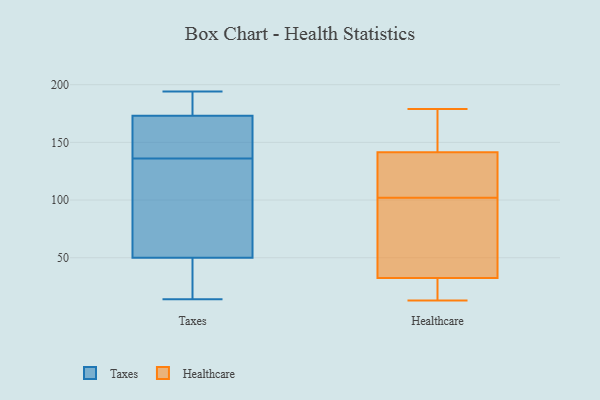
{"axis": {"x": "Conversion Rate (%)", "y": "Value"}, "legend": ["Healthcare", "Taxes"], "data": [{"x": "", "y": 14, "type": "Taxes"}, {"x": "", "y": 183, "type": "Taxes"}, {"x": "", "y": 147, "type": "Taxes"}, {"x": "", "y": 175, "type": "Taxes"}, {"x": "", "y": 73, "type": "Taxes"}, {"x": "", "y": 130, "type": "Taxes"}, {"x": "", "y": 176, "type": "Taxes"}, {"x": "", "y": 190, "type": "Taxes"}, {"x": "", "y": 139, "type": "Taxes"}, {"x": "", "y": 17, "type": "Taxes"}, {"x": "", "y": 46, "type": "Taxes"}, {"x": "", "y": 62, "type": "Taxes"}, {"x": "", "y": 117, "type": "Taxes"}, {"x": "", "y": 136, "type": "Taxes"}, {"x": "", "y": 167, "type": "Taxes"}, {"x": "", "y": 194, "type": "Taxes"}, {"x": "", "y": 45, "type": "Taxes"}, {"x": "", "y": 21, "type": "Taxes"}, {"x": "", "y": 147, "type": "Taxes"}, {"x": "", "y": 31, "type": "Healthcare"}, {"x": "", "y": 95, "type": "Healthcare"}, {"x": "", "y": 156, "type": "Healthcare"}, {"x": "", "y": 34, "type": "Healthcare"}, {"x": "", "y": 159, "type": "Healthcare"}, {"x": "", "y": 165, "type": "Healthcare"}, {"x": "", "y": 179, "type": "Healthcare"}, {"x": "", "y": 113, "type": "Healthcare"}, {"x": "", "y": 109, "type": "Healthcare"}, {"x": "", "y": 56, "type": "Healthcare"}, {"x": "", "y": 123, "type": "Healthcare"}, {"x": "", "y": 51, "type": "Healthcare"}, {"x": "", "y": 13, "type": "Healthcare"}, {"x": "", "y": 13, "type": "Healthcare"}, {"x": "", "y": 177, "type": "Healthcare"}, {"x": "", "y": 24, "type": "Healthcare"}, {"x": "", "y": 123, "type": "Healthcare"}, {"x": "", "y": 25, "type": "Healthcare"}, {"x": "", "y": 69, "type": "Healthcare"}, {"x": "", "y": 127, "type": "Healthcare"}]}